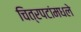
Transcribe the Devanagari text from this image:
चित्रपटांमधले